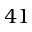
4 1